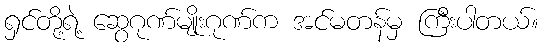
ရှင်တို့ရဲ့ ဆွေဂုဏ်မျိုးဂုဏ်က အင်မတန်မှ ကြီးပါတယ်။